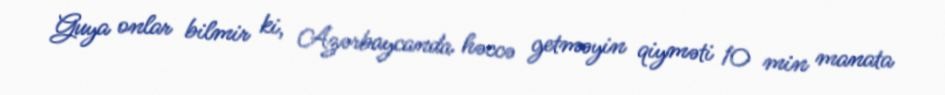
Guya onlar bilmir ki, Azərbaycanda həccə getməyin qiyməti 10 min manata